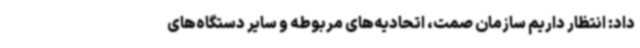
داد: انتظار داریم سازمان صمت، اتحادیه‌های مربوطه و سایر دستگاه‌های